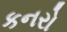
કનરો